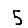
Digit: 5